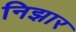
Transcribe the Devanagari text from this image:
निझार